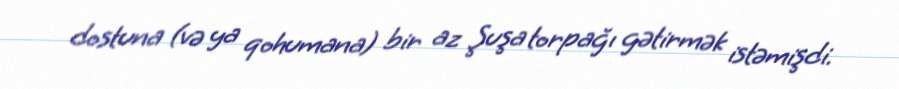
dostuna (və ya qohumana) bir az Şuşa torpağı gətirmək istəmişdi.